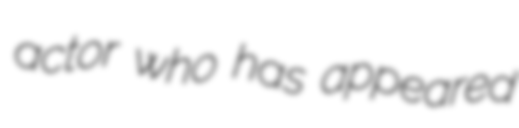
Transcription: actor who has appeared